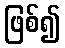
ဖြစ်၍